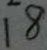
1 8